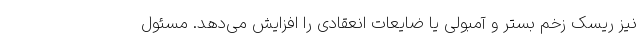
نیز ریسک زخم بستر و آمبولی یا ضایعات انعقادی را افزایش می‌دهد. مسئول